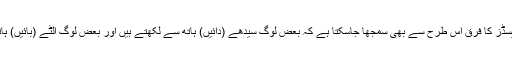
امائنو ایسڈز کا فرق اس طرح سے بھی سمجھا جاسکتا ہے کہ بعض لوگ سیدھے (دائیں) ہاتھ سے لکھتے ہیں اور بعض لوگ اُلٹے (بائیں) ہاتھ سے۔